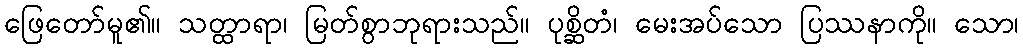
ဖြေတော်မူ၏။ သတ္ထာရာ၊ မြတ်စွာဘုရားသည်။ ပုစ္ဆိတံ၊ မေးအပ်သော ပြဿနာကို။ သော၊